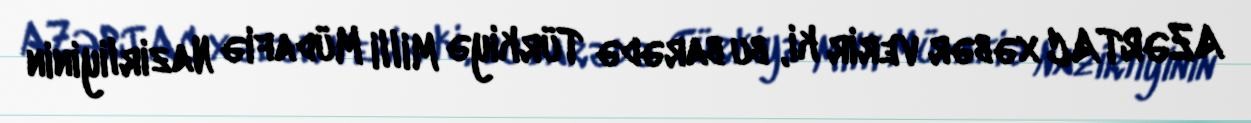
AZƏRTAC xəbər verir ki, bu barədə Türkiyə Milli Müdafiə Nazirliyinin